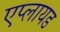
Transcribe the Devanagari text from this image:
एप्लायड